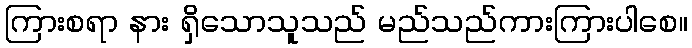
ကြားစရာ နား ရှိသောသူသည် မည်သည်ကားကြားပါစေ။